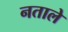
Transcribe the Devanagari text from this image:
नताले